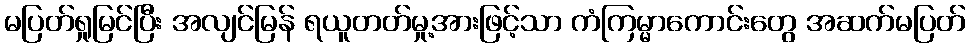
မပြတ်ရှုမြင်ပြီး အလျင်မြန် ရယူတတ်မှု့အားဖြင့်သာ ကံကြမ္မာကောင်းတွေ အဆက်မပြတ်